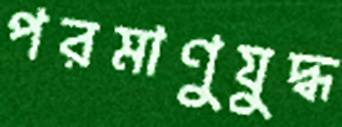
পরমাণুযুদ্ধ